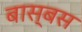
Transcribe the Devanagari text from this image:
बास्बस